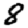
Digit: 8